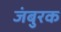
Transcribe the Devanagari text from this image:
जंबुरक